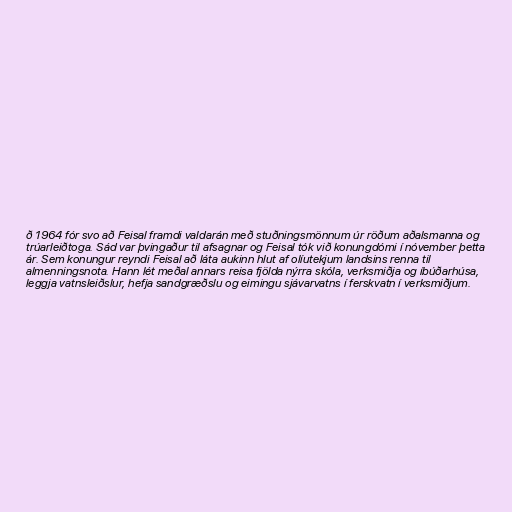
ð 1964 fór svo að Feisal framdi valdarán með stuðningsmönnum úr röðum aðalsmanna og
trúarleiðtoga. Sád var þvingaður til afsagnar og Feisal tók við konungdómi í nóvember þetta
ár. Sem konungur reyndi Feisal að láta aukinn hlut af olíutekjum landsins renna til
almenningsnota. Hann lét meðal annars reisa fjölda nýrra skóla, verksmiðja og íbúðarhúsa,
leggja vatnsleiðslur, hefja sandgræðslu og eimingu sjávarvatns í ferskvatn í verksmiðjum.